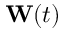
\mathbf W ( t )